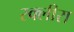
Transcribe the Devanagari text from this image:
स्क्लीरा